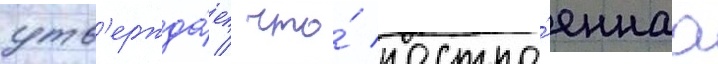
утв'ержда́ет / что́ постро́еннаа